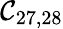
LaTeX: \mathcal{C}_{27,28}